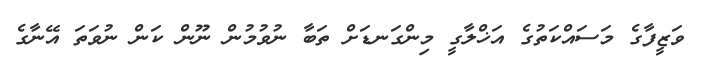
ވަޒީފާގެ މަސައްކަތުގެ އަޚްލާގީ މިންގަނޑަށް ތަބާ ނުވުމުން ނޫން ކަން ނުވަތަ އޭނާގެ